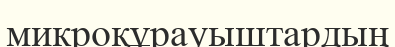
микроқұрауыштардың